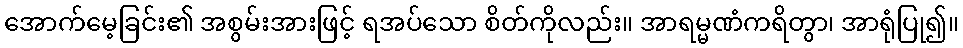
အောက်မေ့ခြင်း၏ အစွမ်းအားဖြင့် ရအပ်သော စိတ်ကိုလည်း။ အာရမ္မဏံကရိတွာ၊ အာရုံပြု၍။